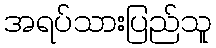
အရပ်သားပြည်သူ